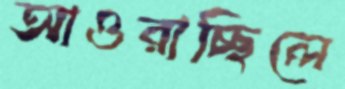
আওরাচ্ছিলে